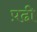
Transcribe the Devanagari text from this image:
प़ढी